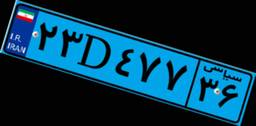
۶۱D۴۳۳۸۲